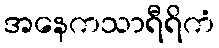
အနေကသာရီရိကံ